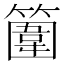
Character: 𥴞